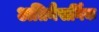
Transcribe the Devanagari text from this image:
अतिनैसर्गिक